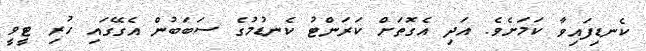
ކެނޑިފައިވާ ކަމަށެވެ. އަދި އެގޮތަށް ކަރަންޓު ކެނޑުމުގެ ސަބަބުން އެގޭގައި ހުރި ޓީވީ